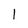
Character: 1